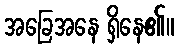
အခြေအနေ ရှိနေ၏။